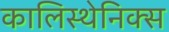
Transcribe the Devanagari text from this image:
कालिस्थेनिक्स